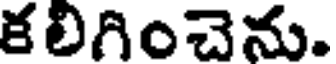
కలిగించెను.